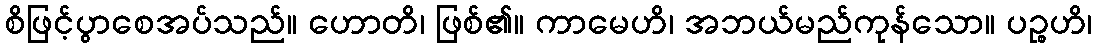
စိဖြင့်ပွာစေအပ်သည်။ ဟောတိ၊ ဖြစ်၏။ ကာမေဟိ၊ အဘယ်မည်ကုန်သော။ ပဉ္စဟိ၊